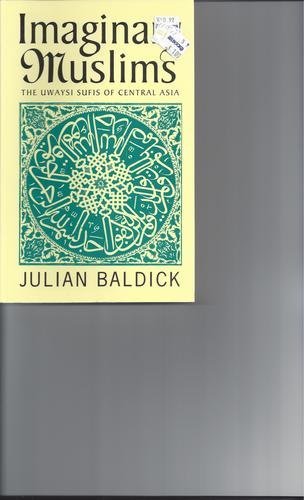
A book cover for Imaginary Muslims: The Uwaysi Sufis of Central Asia; Julian Baldick; Religion & Spirituality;